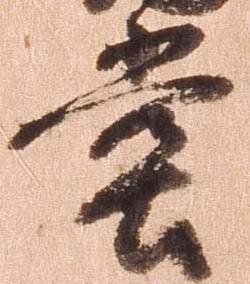
堂